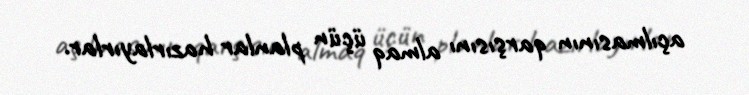
açılmasının qarşısını almaq üçün planlar hazırlayırlar.